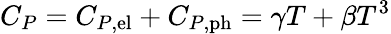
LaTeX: C_{P}=C_{P,\mathrm{{el}}}+C_{P,\mathrm{{ph}}}=\gamma T+\beta T^{3}